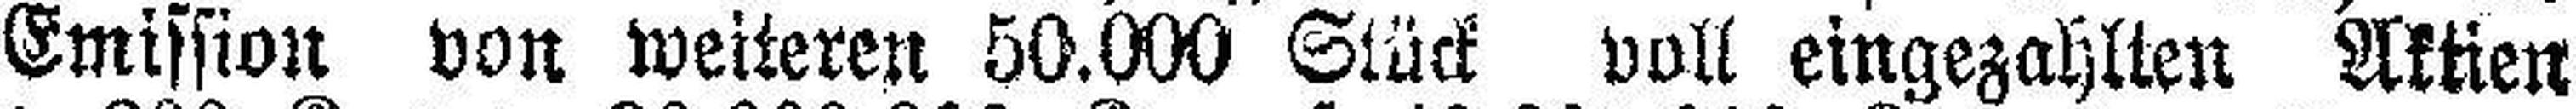
Emission von weiteren 50.000 Stück voll eingezahlten Aktien